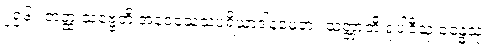
၂၅၆။ တတ္ထ သဗ္ဗေတိ အနဝသေသပရိယာဒါနမေတံ။ သတ္တာတိ ရူပါဒီသု ခန္ဓေသု